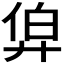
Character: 𢍑